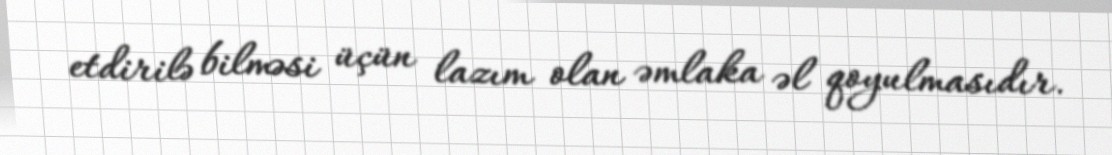
etdirilə bilməsi üçün lazım olan əmlaka əl qoyulmasıdır.